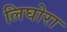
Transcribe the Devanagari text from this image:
लिघोरा